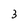
Character: 3